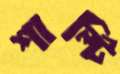
শাল্টি